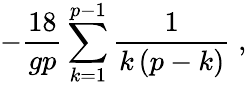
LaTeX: -\frac{18}{gp}\sum_{k=1}^{p-1}\frac{1}{k\left(p-k\right)}\; ,